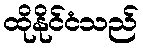
ထိုနိုင်ငံသည်